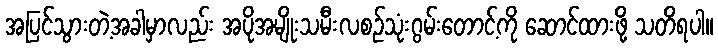
အပြင်သွားတဲ့အခါမှာလည်း အပိုအမျိုးသမီးလစဉ်သုံးဂွမ်းတောင့်ကို ဆောင်ထားဖို့ သတိရပါ။